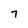
Character: 7